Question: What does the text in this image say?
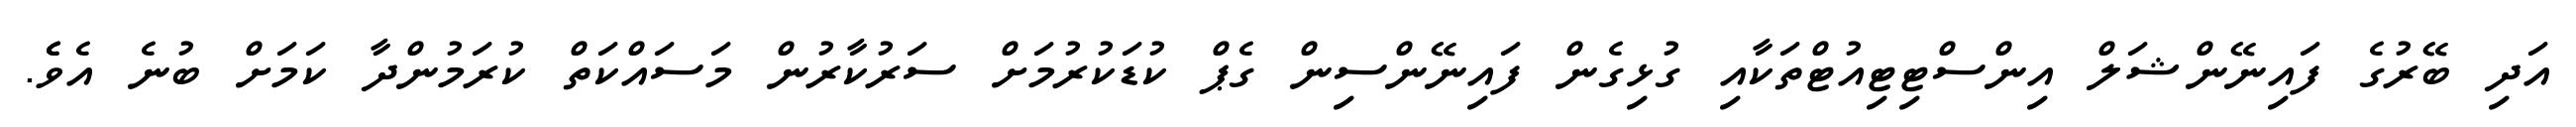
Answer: އަދި ބޭރުގެ ފައިނޭންޝަލް އިންސްޓިޓިއުޓްތަކާއި ގުޅިގެން ފައިނޭންސިން ގެޕް ކުޑަކުރުމަށް ސަރުކާރުން މަސައްކަތް ކުރަމުންދާ ކަމަށް ބުނެ އެވެެ.